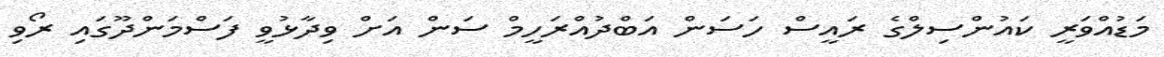
މަޑުއްވަރީ ކައުންސިލްގެ ރައީސް ހަސަން އަބްދުއްރަހީމް ސަން އަށް ވިދާޅުވީ ފަސްމަންދޫގައި ރޯވި